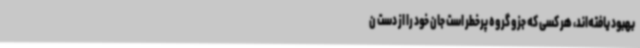
بهبود یافته‌اند، هر کسی که جزو گروه پرخطر است جان خود را از دست ن